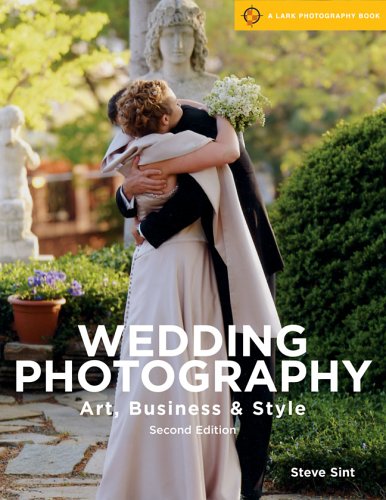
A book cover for Wedding Photography, 2nd Edition: Art, Business & Style (A Lark Photography Book); Steve Sint; Crafts, Hobbies & Home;